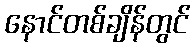
နောင်တစ်ချိန်တွင်